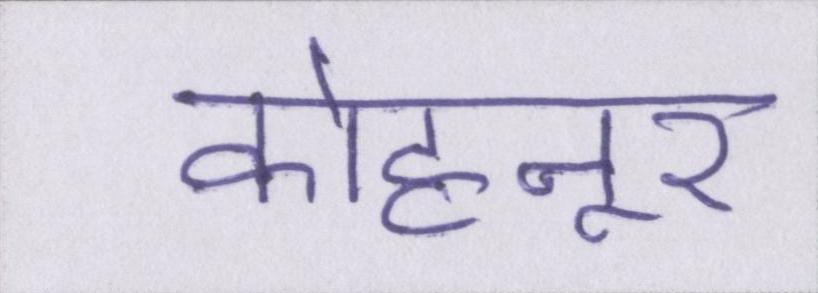
कोहनूर